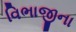
વિભાજીના